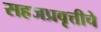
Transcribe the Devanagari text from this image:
सहजप्रवृत्तीचे